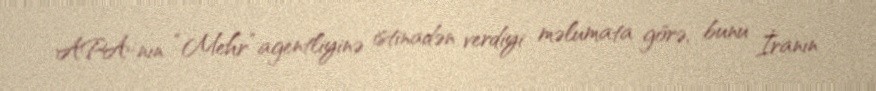
APA-nın “Mehr” agentliyinə istinadən verdiyi məlumata görə, bunu İranın